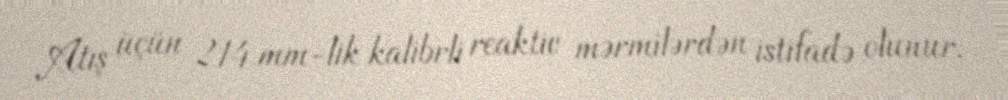
Atış üçün 214 mm-lik kalibrli reaktiv mərmilərdən istifadə olunur.